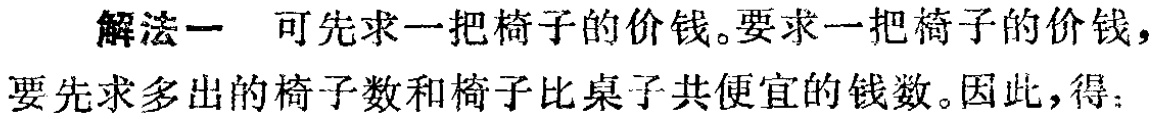
解法一 可先求一把椅子的价钱。要求一把椅子的价钱，要先求多出的椅子数和椅子比桌子共便宜的钱数。因此，得：